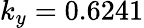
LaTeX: k_{y}=0.6241